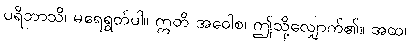
ပရိဘာသိ၊ မရေရွတ်ပါ။ ဣတိ အဝေါစ၊ ဤသို့လျှောက်၏။ အထ၊